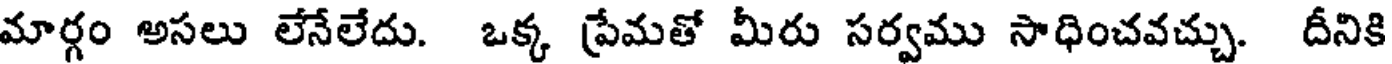
మార్గం అసలు లేనేలేదు. ఒక్క ప్రేమతో మీరు సర్వము సాధించవచ్చు. దీనికి